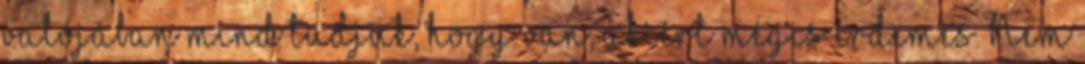
valójában mind tudjuk, hogy van, akiért mégis érdemes. Nem